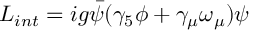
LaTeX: { \cal L } _ { i n t } = i g \bar { \psi } ( \gamma _ { 5 } \phi + \gamma _ { \mu } \omega _ { \mu } ) \psi